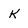
Character: K